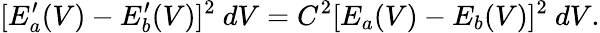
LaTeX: [E_{a}^{\prime}(V)-E_{b}^{\prime}(V)]^{2}~dV=C^{2}[E_{a}(V)-E_{b}(V)]^{2}~dV.